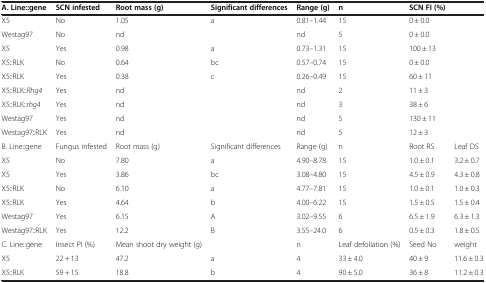
<table><thead><tr><td><b>A. Line::gene</b></td><td><b>SCN infested</b></td><td><b>Root mass (g)</b></td><td><b>Significant differences</b></td><td><b>Range (g)</b></td><td><b>n</b></td><td><b>SCN FI (%)</b></td><td><b> </b></td></tr></thead><tbody><tr><td>X5</td><td>No</td><td>1.05</td><td>a</td><td>0.81–1.44</td><td>15</td><td>0 ± 0.0</td><td> </td></tr><tr><td>Westag97</td><td>No</td><td>nd</td><td> </td><td>nd</td><td>5</td><td>0 ± 0.0</td><td> </td></tr><tr><td>X5</td><td>Yes</td><td>0.98</td><td>a</td><td>0.73–1.31</td><td>15</td><td>100 ± 13</td><td> </td></tr><tr><td>X5::RLK</td><td>No</td><td>0.64</td><td>bc</td><td>0.57–0.74</td><td>15</td><td>0 ± 0.0</td><td> </td></tr><tr><td>X5::RLK</td><td>Yes</td><td>0.38</td><td>c</td><td>0.26–0.49</td><td>15</td><td>60 ± 11</td><td> </td></tr><tr><td>X5::RLK::<i>Rhg4</i></td><td>Yes</td><td>nd</td><td> </td><td>nd</td><td>2</td><td>11 ± 3</td><td> </td></tr><tr><td>X5::RLK::<i>rhg4</i></td><td>Yes</td><td>nd</td><td> </td><td>nd</td><td>3</td><td>38 ± 6</td><td> </td></tr><tr><td>Westag97</td><td>Yes</td><td>nd</td><td> </td><td>nd</td><td>5</td><td>130 ± 11</td><td> </td></tr><tr><td>Westag97::RLK</td><td>Yes</td><td>nd</td><td> </td><td>nd</td><td>5</td><td>12 ± 3</td><td> </td></tr><tr><td>B. Line::gene</td><td>Fungus infested</td><td>Root mass (g)</td><td>Significant differences</td><td>Range (g)</td><td>n</td><td>Root RS</td><td>Leaf DS</td></tr><tr><td>X5</td><td>No</td><td>7.80</td><td>a</td><td>4.90–8.78</td><td>15</td><td>1.0 ± 0.1</td><td>3.2 ± 0.7</td></tr><tr><td>X5</td><td>Yes</td><td>3.86</td><td>bc</td><td>3.08–4.80</td><td>15</td><td>4.5 ± 0.9</td><td>4.3 ± 0.8</td></tr><tr><td>X5::RLK</td><td>No</td><td>6.10</td><td>a</td><td>4.77–7.81</td><td>15</td><td>1.0 ± 0.1</td><td>1.0 ± 0.3</td></tr><tr><td>X5::RLK</td><td>Yes</td><td>4.64</td><td>b</td><td>4.00–6.22</td><td>15</td><td>1.5 ± 0.5</td><td>1.5 ± 0.4</td></tr><tr><td>Westag97</td><td>Yes</td><td>6.15</td><td>A</td><td>3.02–9.55</td><td>6</td><td>6.5 ± 1.9</td><td>6.3 ± 1.3</td></tr><tr><td>Westag97::RLK</td><td>Yes</td><td>12.2</td><td>B</td><td>3.55–24.0</td><td>6</td><td>0.5 ± 0.3</td><td>1.8 ± 0.5</td></tr><tr><td>C. Line::gene</td><td>Insect PI (%)</td><td>Mean shoot dry weight (g)</td><td> </td><td>n</td><td>Leaf defoliation (%)</td><td>Seed No</td><td>weight</td></tr><tr><td>X5</td><td>22 + 13</td><td>47.2</td><td>a</td><td>4</td><td>33 ± 4.0</td><td>40 ± 9</td><td>11.6 ± 0.3</td></tr><tr><td>X5::RLK</td><td>59 + 15</td><td>18.8</td><td>b</td><td>4</td><td>90 ± 5.0</td><td>36 ± 8</td><td>11.2 ± 0.3</td></tr></tbody></table>